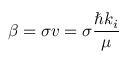
\beta = \sigma v = \sigma \frac { \hbar k _ { i } } { \mu }